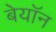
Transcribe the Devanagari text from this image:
बेयॉन